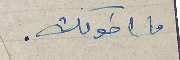
ما اخونك.